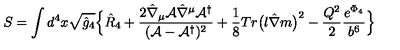
S = \int d ^ { 4 } x \sqrt { \hat { g } _ { 4 } } \Bigl \{ \hat { R } _ { 4 } + \frac { 2 \hat { \nabla } _ { \mu } { \cal A } \hat { \nabla } ^ { \mu } { \cal A } ^ { \dagger } } { ( { \cal A } - { \cal A } ^ { \dagger } ) ^ { 2 } } + \frac { 1 } { 8 } T r \bigl ( l \hat { \nabla } m \bigr ) ^ { 2 } - \frac { Q ^ { 2 } } { 2 } \frac { e ^ { \Phi _ { 4 } } } { b ^ { 6 } } \Bigr \}